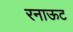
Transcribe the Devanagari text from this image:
रनाऊट